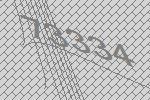
73334